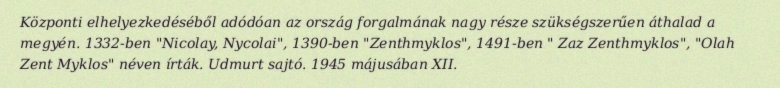
Központi elhelyezkedéséből adódóan az ország forgalmának nagy része szükségszerűen áthalad a megyén. 1332-ben "Nicolay, Nycolai", 1390-ben "Zenthmyklos", 1491-ben " Zaz Zenthmyklos", "Olah Zent Myklos" néven írták. Udmurt sajtó. 1945 májusában XII.